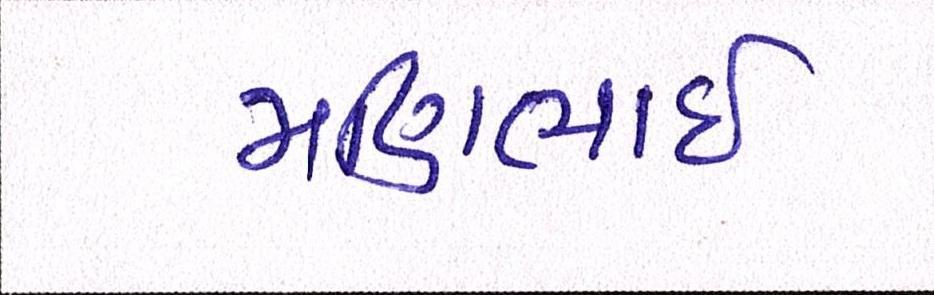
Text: મણિભાઇ